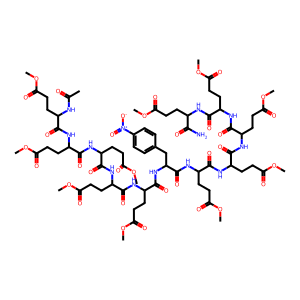
SMILES: COC(=O)CCC(NC(=O)C(CCC(=O)OC)NC(=O)C(CCC(=O)OC)NC(=O)C(CCC(=O)OC)NC(=O)C(CCC(=O)OC)NC(=O)C(Cc1ccc([N+](=O)[O-])cc1)NC(=O)C(CCC(=O)OC)NC(=O)C(CCC(=O)OC)NC(=O)C(CCC(=O)OC)NC(=O)C(CCC(=O)OC)NC(=O)C(CCC(=O)OC)NC(C)=O)C(N)=O
Inhibits HIV replication: No